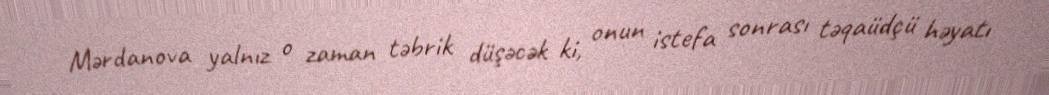
Mərdanova yalnız o zaman təbrik düşəcək ki, onun istefa sonrası təqaüdçü həyatı